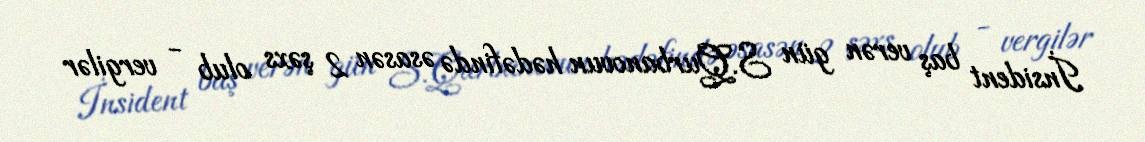
İnsident baş verən gün S.Qurbanovun hədəfində əsasən 2 şəxs olub - vergilər